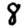
Digit: 8